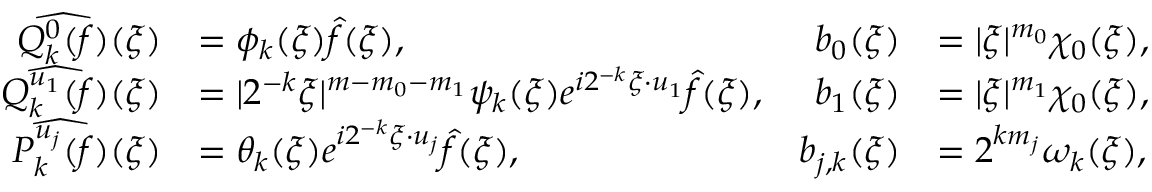
\begin{array} { r l r l } { \widehat { Q _ { k } ^ { 0 } ( f ) } ( \xi ) } & { = \phi _ { k } ( \xi ) \widehat { f } ( \xi ) , } & { b _ { 0 } ( \xi ) } & { = | \xi | ^ { m _ { 0 } } \chi _ { 0 } ( \xi ) , } \\ { \widehat { Q _ { k } ^ { u _ { 1 } } ( f ) } ( \xi ) } & { = | 2 ^ { - k } \xi | ^ { m - m _ { 0 } - m _ { 1 } } \psi _ { k } ( \xi ) e ^ { i 2 ^ { - k } \xi \cdot u _ { 1 } } \widehat { f } ( \xi ) , } & { b _ { 1 } ( \xi ) } & { = | \xi | ^ { m _ { 1 } } \chi _ { 0 } ( \xi ) , } \\ { \widehat { P _ { k } ^ { u _ { j } } ( f ) } ( \xi ) } & { = \theta _ { k } ( \xi ) e ^ { i 2 ^ { - k } \xi \cdot u _ { j } } \widehat { f } ( \xi ) , } & { b _ { j , k } ( \xi ) } & { = 2 ^ { k m _ { j } } \omega _ { k } ( \xi ) , } \end{array}